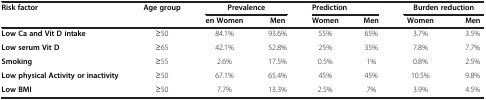
| <ROWSPAN=2> Risk factor | <ROWSPAN=2> Age group | <COLSPAN=2> Prevalence | <COLSPAN=2> Prediction | <COLSPAN=2> Burden reduction |
 | en Women | Men | Women | Men | Women | Men |
 | --- | --- | --- | --- | --- | --- | --- | --- |
 | Low Ca and Vit D intake | ≥50 | 84.1% | 93.6% | 55% | 65% | 3.7% | 3.5% |
 | Low serum Vit D | ≥65 | 42.1% | 52.8% | 25% | 35% | 7.8% | 7.7% |
 | Smoking | ≥55 | 2.6% | 17.5% | 0.5% | 1% | 0.8% | 2.5% |
 | Low physical Activity or inactivity | ≥50 | 67.1% | 65.4% | 45% | 45% | 10.5% | 9.8% |
 | Low BMI | ≥50 | 7.7% | 13.3% | 2.5% | 7% | 3.9% | 4.5% |